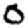
Digit: 0